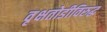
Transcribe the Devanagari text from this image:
वृक्षतोडीविरुद्ध